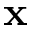
\mathbf { x }